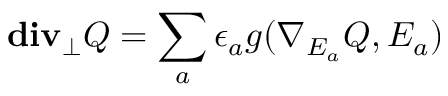
{ \bf d i v _ { \perp } } Q = \sum _ { a } \epsilon _ { a } g ( \nabla _ { E _ { a } } Q , E _ { a } )